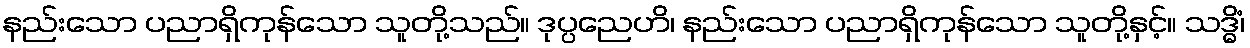
နည်းသော ပညာရှိကုန်သော သူတို့သည်။ ဒုပ္ပညေဟိ၊ နည်းသော ပညာရှိကုန်သော သူတို့နှင့်။ သဒ္ဓိံ၊